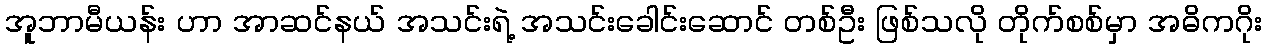
အူဘာမီယန်း ဟာ အာဆင်နယ် အသင်းရဲ့ အသင်းခေါင်းဆောင် တစ်ဦး ဖြစ်သလို တိုက်စစ်မှာ အဓိကဂိုး